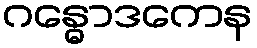
ဂန္ဓောဒကေန